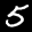
Label: 5